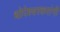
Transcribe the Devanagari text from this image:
धोपेश्वरकरांनी